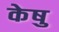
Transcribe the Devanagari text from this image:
केषु